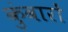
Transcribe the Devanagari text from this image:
कुंवारों